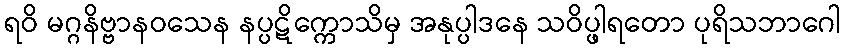
ရဝိ မဂ္ဂနိဗ္ဗာနဝသေန နပ္ပဋိက္ကောသိမှ အနုပ္ပါဒနေ သဝိပ္ဖါရတော ပုရိသဘာဂေါ